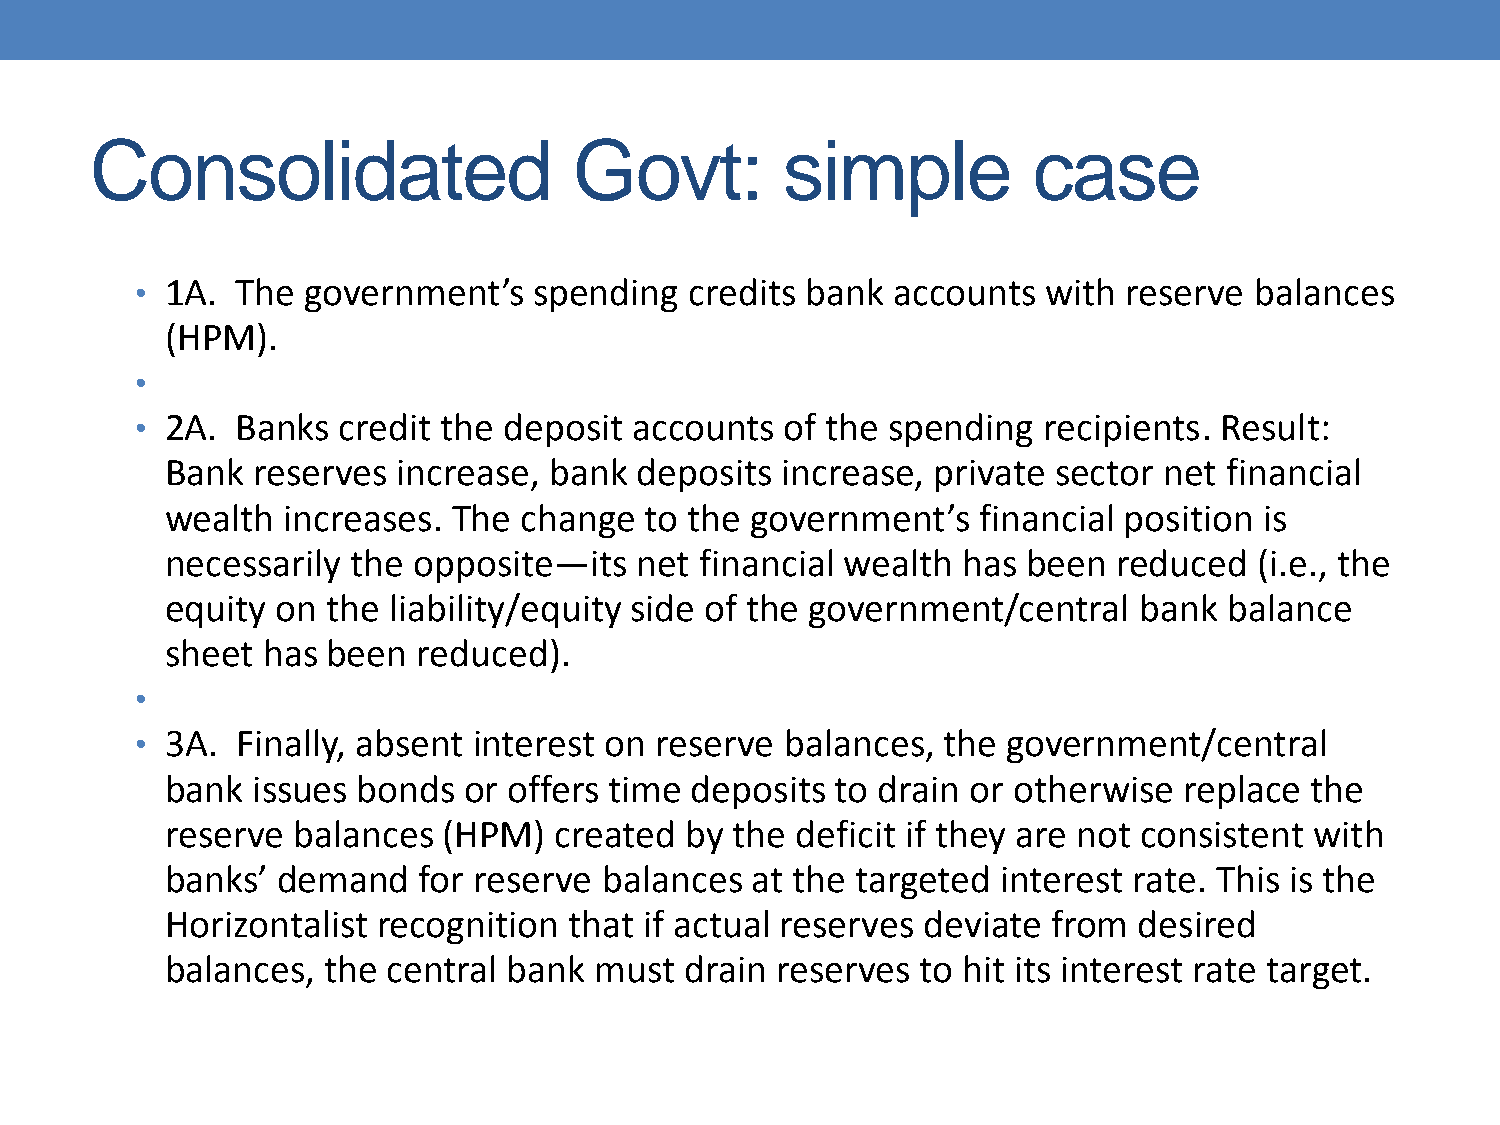
Consolidated                    Govt:         simple          case
 • 1A.  The government’s   spending   credits bank accounts  with  reserve balances
 (HPM).
 •
 • 2A.  Banks credit the deposit  accounts  of the spending  recipients. Result:
 Bank  reserves increase, bank  deposits  increase, private sector net financial
 wealth  increases. The change   to the government’s   financial position is
 necessarily the opposite—its   net financial wealth  has been  reduced  (i.e., the
 equity on  the liability/equity side of the government/central  bank  balance
 sheet has  been  reduced).
 •
 • 3A.  Finally, absent interest on reserve balances, the  government/central
 bank  issues bonds  or offers time deposits to drain or otherwise  replace  the
 reserve balances  (HPM)   created by  the deficit if they are not consistent with
 banks’ demand    for reserve balances  at the targeted interest rate. This is the
 Horizontalist recognition  that if actual reserves deviate from desired
 balances, the  central bank must  drain reserves  to hit its interest rate target.